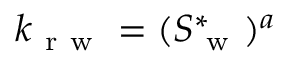
k _ { \mathrm { ~ r ~ w ~ } } = ( S _ { \mathrm { ~ w ~ } } ^ { * } ) ^ { a }